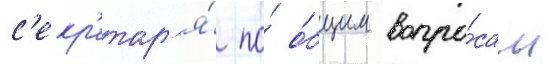
с'екр'етар'я́ по́ о́бщим вопро́сам